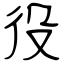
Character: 役